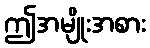
ဤအမျိုးအစား